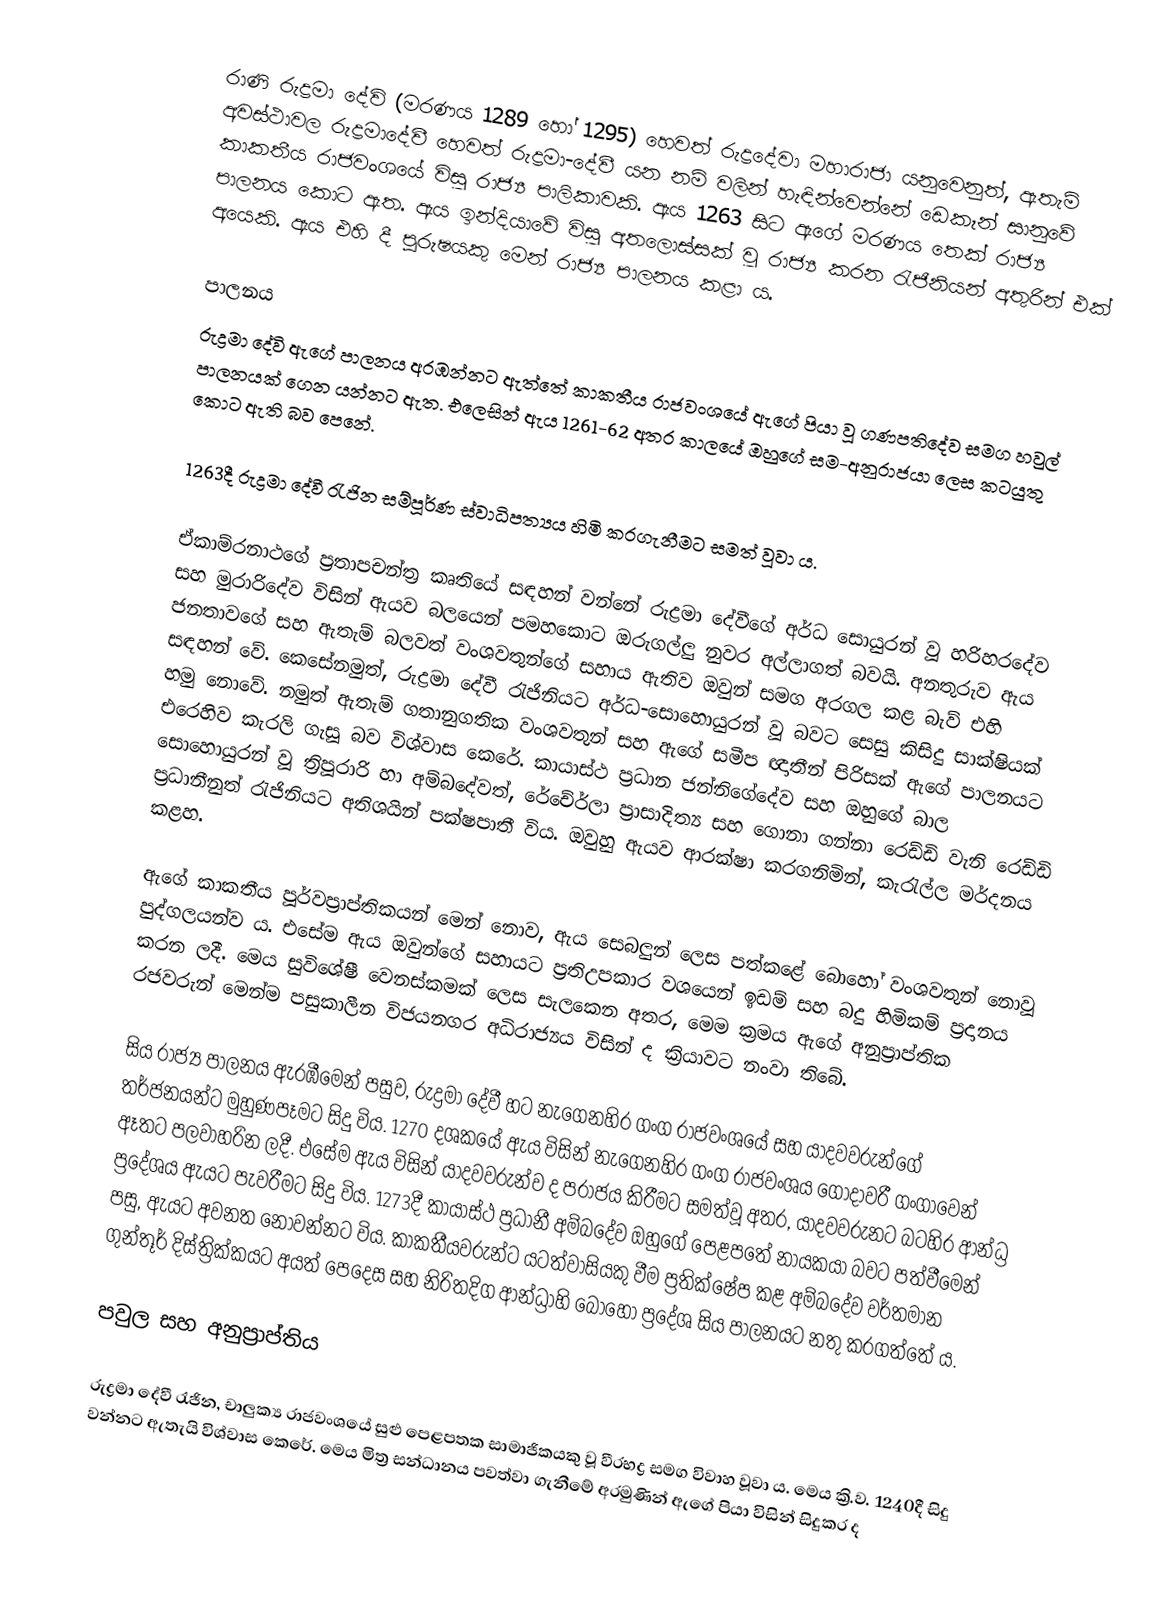
රාණි රුද්‍රමා දේවි (මරණය 1289 හෝ 1295) හෙවත් රුද්‍රදේවා මහාරාජා යනුවෙනුත්, ඇතැම් අවස්ථාවල රුද්‍රමාදේවී හෙවත් රුද්‍රමා-දේවී යන නම් වලින් හැඳින්වෙන්නේ ඩෙකෑන් සානුවේ කාකතීය රාජවංශයේ විසූ රාජ්‍ය පාලිකාවකි. ඇය 1263 සිට ඇගේ මරණය තෙක් රාජ්‍ය පාලනය කොට ඇත. ඇය ඉන්දියාවේ විසූ අතලොස්සක් වූ රාජ්‍ය කරන රැජිනියන් අතුරින් එක් අයෙකි. ඇය එහි දී පුරුෂයකු මෙන් රාජ්‍ය පාලනය කළා ය.

පාලනය
රුද්‍රමා දේවි ඇගේ පාලනය අරඹන්නට ඇත්තේ කාකතීය රාජවංශයේ ඇගේ පියා වූ ගණපතිදේව සමග හවුල් පාලනයක් ගෙන යන්නට ඇත. එලෙසින් ඇය 1261-62 අතර කාලයේ ඔහුගේ සම-අනුරාජයා ලෙස කටයුතු කොට ඇති බව පෙනේ.

1263දී රුද්‍රමා දේවී රැජින සම්පූර්ණ ස්වාධිපත්‍යය හිමි කරගැනීමට සමත් වූවා ය.

ඒකාම්රනාථගේ ප්‍රතාපචන්ත්‍ර කෘතියේ සඳහන් වන්නේ රුද්‍රමා දේවීගේ අර්ධ සොයුරන් වූ හරිහරදේව සහ මුරාරිදේව විසින් ඇයව බලයෙන් ‍පමහකොට ඔරුගල්ලු නුවර අල්ලාගත් බවයි. අනතුරුව ඇය ජනතාවගේ සහ ඇතැම් බලවත් වංශවතුන්ගේ සහාය ඇතිව ඔවුන් සමග අරගල කළ බැව් එහි සඳහන් වේ. කෙසේනමුත්, රුද්‍රමා දේවී රැජිනියට අර්ධ-සොහොයුරන් වූ බවට සෙසු කිසිදු සාක්ෂියක් හමු නොවේ. නමුත් ඇතැම් ගතානුගතික වංශවතුන් සහ ඇගේ සමීප ඥාතීන් පිරිසක් ඇගේ පාලනයට එරෙහිව කැරලි ගැසූ බව විශ්වාස කෙරේ. කායාස්ථ ප්‍රධාන ජන්නිගේදේව සහ ඔහුගේ බාල සොහොයුරන් වූ ත්‍රිපූරාරි හා අම්බදේවත්, රේචේර්ලා ප්‍රාසාදිත්‍ය සහ ගොනා ගන්නා රෙඩ්ඩි වැනි රෙඩ්ඩි ප්‍රධානීනුත් රැජිනියට අතිශයින් පක්ෂපාතී විය. ඔවුහු ඇයව ආරක්ෂා කරගනිමින්, කැරැල්ල මර්දනය කළහ.

ඇගේ කාකතීය පූර්වප්‍රාප්තිකයන් මෙන් නොව, ඇය සෙබලුන් ලෙස පත්කළේ බොහෝ වංශවතුන් නොවූ පුද්ගලයන්ව ය. එසේම ඇය ඔවුන්ගේ සහායට ප්‍රතිඋපකාර වශයෙන් ඉඩම් සහ බදු හිමිකම් ප්‍රදානය කරන ලදී. මෙය සුවිශේෂී වෙනස්කමක් ලෙස සැලකෙන අතර, මෙම ක්‍රමය ඇගේ අනුප්‍රාප්තික රජවරුන් මෙන්ම පසුකාලීන විජයනගර අධිරාජ්‍යය විසින් ද ක්‍රියාවට නංවා තිබේ.

සිය රාජ්‍ය පාලනය ඇරඹීමෙන් පසුව, රුද්‍රමා දේවී හට නැගෙනහිර ගංග රාජවංශයේ සහ යාදවවරුන්ගේ තර්ජනයන්ට මුහුණපෑමට සිදු විය. 1270 දශකයේ ඇය විසින් නැගෙනහිර ගංග රාජවංශය ගෝදාවරී ගංගාවෙන් ඈතට පලවාහරින ලදී. එසේම ඇය විසින් යාදවවරුන්ව ද පරාජය කිරීමට සමත්වූ අතර, යාදවවරුනට බටහිර ආන්ධ්‍ර ප්‍රදේශය ඇයට පැවරීමට සිදු විය. 1273දී කායාස්ථ ප්‍රධානී අම්බදේව ඔහුගේ පෙළපතේ නායකයා බවට පත්වීමෙන් පසු, ඇයට අවනත නොවන්නට විය. කාකතීයවරුන්ට යටත්වාසියකු වීම ප්‍රතික්ෂේප කළ අම්බදේව වර්තමාන ගුන්තූර් දිස්ත්‍රික්කයට අයත් පෙදෙස සහ නිරිතදිග ආන්ධ්‍රාහි බොහෝ ප්‍රදේශ සිය පාලනයට නතු කරගත්තේ ය.

පවුල සහ අනුප්‍රාප්තිය

රුද්‍රමා දේවී රැජින, චාලුක්‍ය රාජවංශයේ සුළු පෙළපතක සාමාජිකයකු වූ වීරභද්‍ර සමග විවාහ වූවා ය. මෙය ක්‍රි.ව. 1240දී සිදු වන්නට ඇතැයි විශ්වාස කෙරේ. මෙය මිත්‍ර සන්ධානය පවත්වා ගැනීමේ අරමුණින් ඇගේ පියා විසින් සිදුකර ද